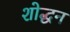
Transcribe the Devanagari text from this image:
शोद्धन